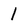
Character: 1